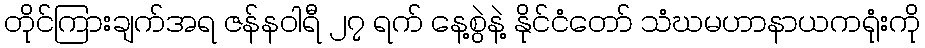
တိုင်ကြားချက်အရ ဇန်နဝါရီ ၂၇ ရက် နေ့စွဲနဲ့ နိုင်ငံတော် သံဃမဟာနာယကရုံးကို